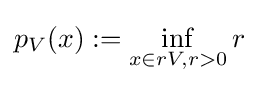
p_{V}(x):=\inf _{x\in rV,r>0}r